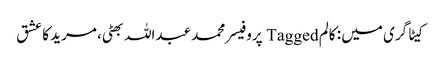
کیٹاگری میں : کالم Tagged پروفیسر محمد عبداللہ بھٹی، مرید کا عشق